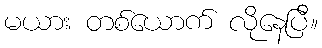
မယား တစ်ယောက် လိုနေပြီ။